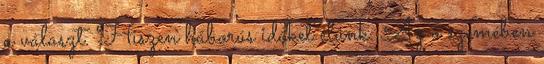
a választ. Hiszen háborús időket élünk. Az ő szemében